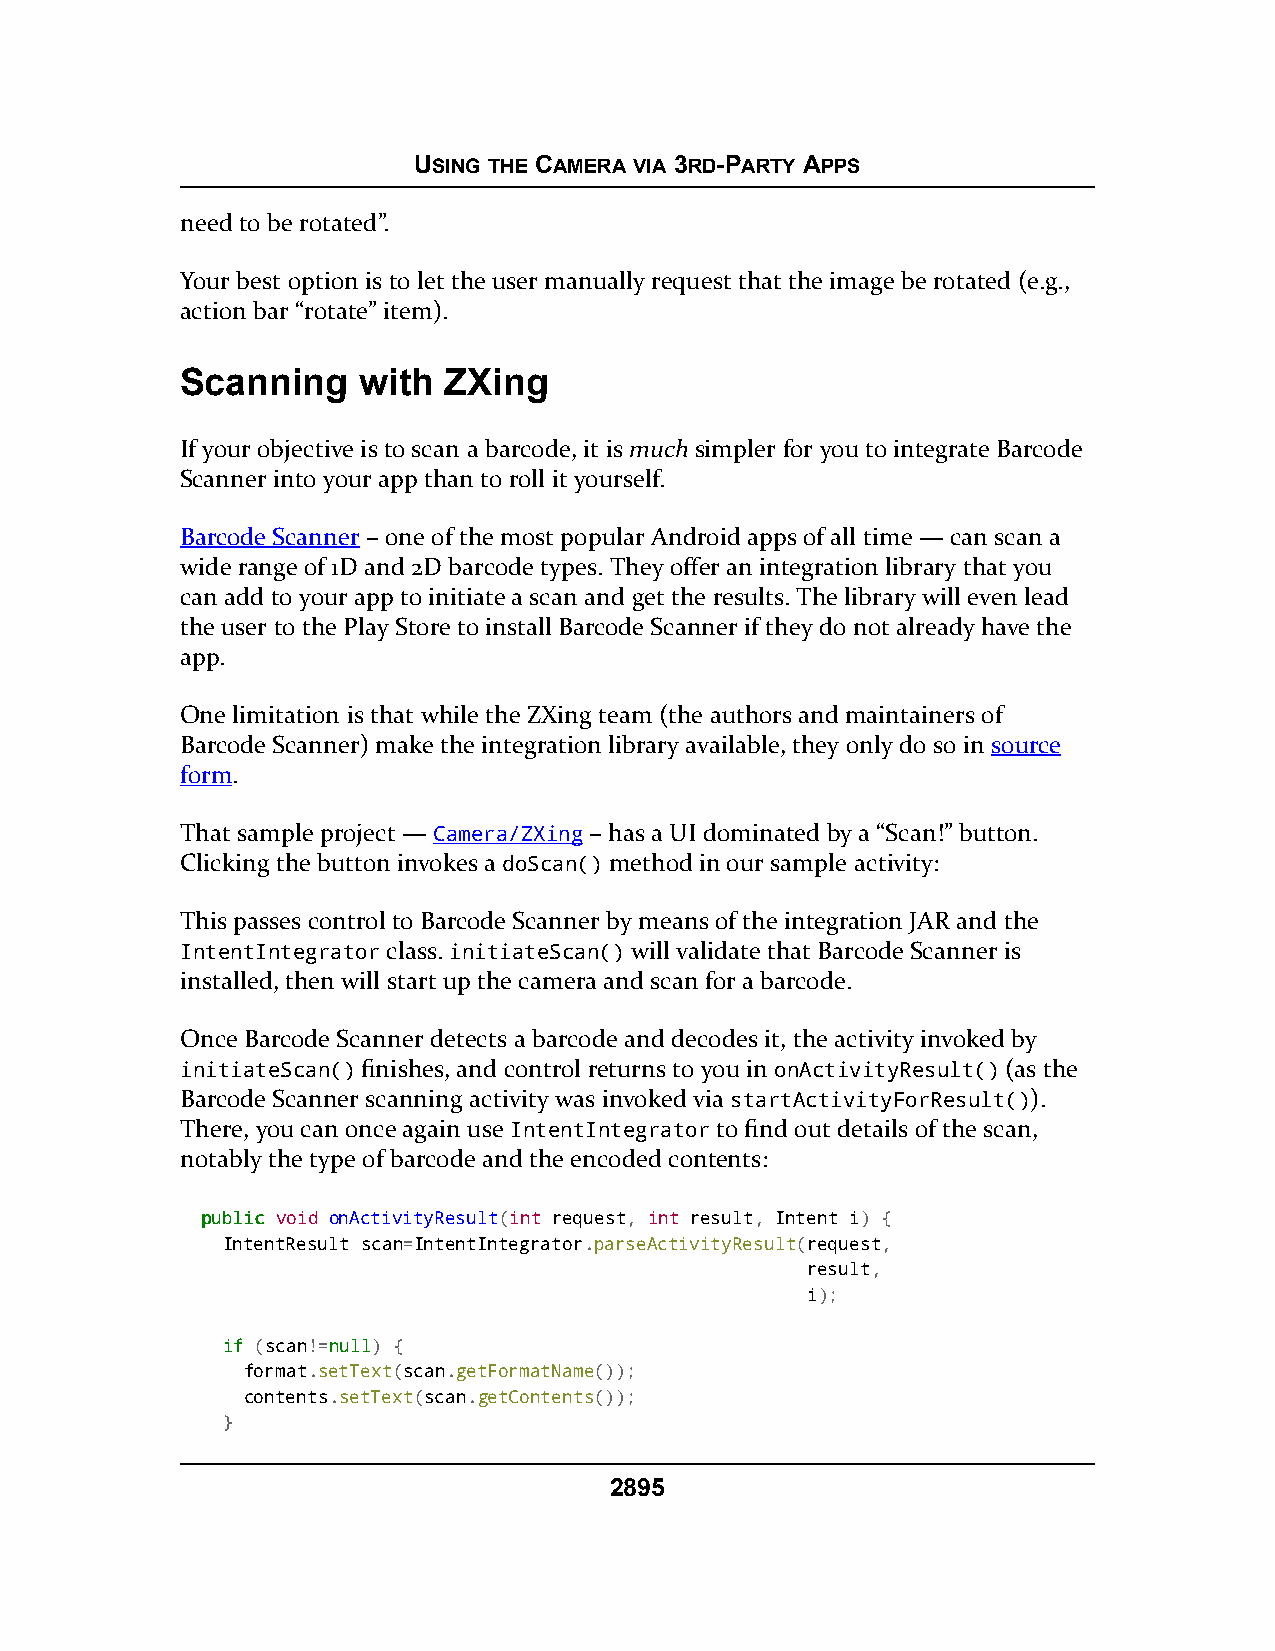
USING THE CAMERA VIA 3RD-PARTY APPS
 need to be rotated”.
 Your best option is to let the user manually request that the image be rotated (e.g.,
 action bar “rotate” item).
 Scanning    with ZXing
 If your objective is to scan a barcode, it is much simpler for you to integrate Barcode
 Scanner into your app than to roll it yourself.
 Barcode Scanner – one of the most popular Android apps of all time — can scan a
 wide range of 1D and 2D barcode types. They offer an integration library that you
 can add to your app to initiate a scan and get the results. The library will even lead
 the user to the Play Store to install Barcode Scanner if they do not already have the
 app.
 One limitation is that while the ZXing team (the authors and maintainers of
 Barcode Scanner) make the integration library available, they only do so in source
 form.
 That sample project — Camera/ZXing – has a UI dominated by a “Scan!” button.
 Clicking the button invokes a doScan() method in our sample activity:
 This passes control to Barcode Scanner by means of the integration JAR and the
 IntentIntegrator class. initiateScan() will validate that Barcode Scanner is
 installed, then will start up the camera and scan for a barcode.
 Once Barcode Scanner detects a barcode and decodes it, the activity invoked by
 initiateScan() finishes, and control returns to you in onActivityResult() (as the
 Barcode Scanner scanning activity was invoked via startActivityForResult()).
 There, you can once again use IntentIntegrator to find out details of the scan,
 notably the type of barcode and the encoded contents:
 ppuubblliicc void onActivityResult(int request, int result, Intent i) {
 IntentResult scan=IntentIntegrator.parseActivityResult(request,
 result,
 i);
 iiff (scan!=nnuullll) {
 format.setText(scan.getFormatName());
 contents.setText(scan.getContents());
 }
 2895